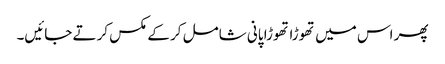
پھر اس میں تھوڑا تھوڑا پانی شامل کر کے مکس کرتے جائیں۔